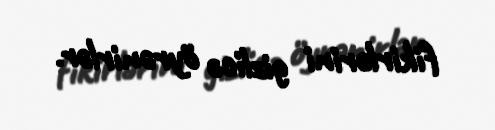
fikirlərini gizlicə öyrənirlər.